Observations on rabies - Number 36
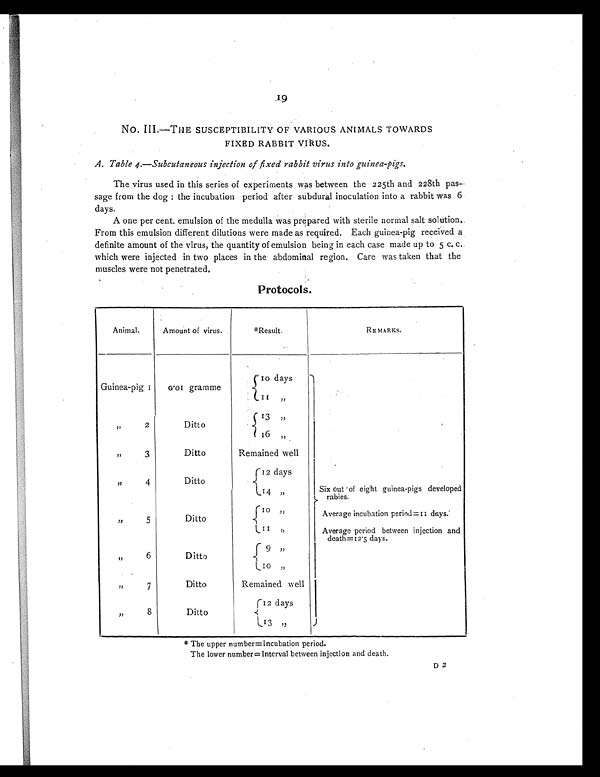
NO. III.—THE SUSCEPTIBILITY OF VARIOUS ANIMALS TOWARDS
FIXED RABBIT VIRUS.
A. Table 4.—Subcutaneous injection of fixed rabbit virus into guinea-pigs .
The virus used in this series of experiments was between the 225th and 228th pas-
sage from the dog : the incubation period after subdural inoculation into a rabbit was 6
days.
A one per cent. emulsion of the medulla was prepared with sterile normal salt solution..
From this emulsion different dilutions were made as required. Each guinea-pig received a
definite amount of the virus, the quantity of emulsion being in each case made up to 5 c. c.
which were injected in two places in the abdominal region. Care was taken that the
muscles were not penetrated.
Protocols .
Animal.
Amount of virus.
* R e s u l t .
REMARKS.
Guinea-pig 1
0.01 gramme
10 days
11
„
,,
2
Ditto
13 , ,
16 „
,,
3
Ditto
Remained well
,,
4
Ditto
12 days
14 ,,
Six out of eight guinea-pigs developed
rabies.
,,
5
Ditto
10 „
Average incubation period= 11 days.
11 „
Average period between injection and
death=12.5 days.
, , 6
Ditto
9 , ,
10
„
,,
7
Ditto
Remained well
,,
8
Ditto
12 days
13 „
* The upper number=Incubation period.
The lower number=Interval between injection and death.
D 2